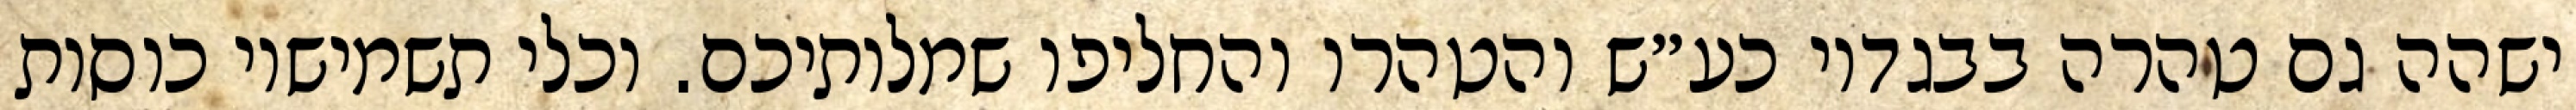
ישהה גם טהרה בבגדיו כע״ש והטהרו והחליפו שמלותיכם. וכלי תשמישיו כוסות